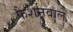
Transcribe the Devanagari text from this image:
फैशनवाले